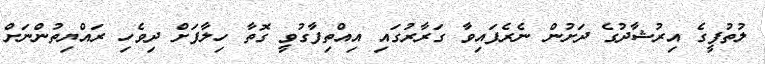
ލުތުފީގެ އިރުޝާދުގެ ދަށުން ނެރެފައިވާ ގަރާރުގައި އިއްތިފާގުވީ ގޮތާ ހިލާފަށް ދިވެހި ރައްޔިތުންނަށް